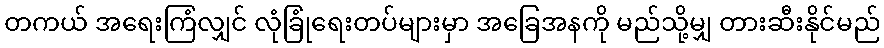
တကယ် အရေးကြံလျှင် လုံခြုံရေးတပ်များမှာ အခြေအနကို မည်သို့မျှ တားဆီးနိုင်မည်